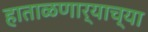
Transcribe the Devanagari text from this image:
हाताळणार्‍याच्या